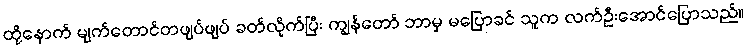
ထို့နောက် မျက်တောင်တဖျပ်ဖျပ် ခတ်လိုက်ပြီး ကျွန်တော် ဘာမှ မပြောခင် သူက လက်ဦးအောင်ပြောသည်။